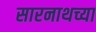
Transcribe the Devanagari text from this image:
सारनाथच्या